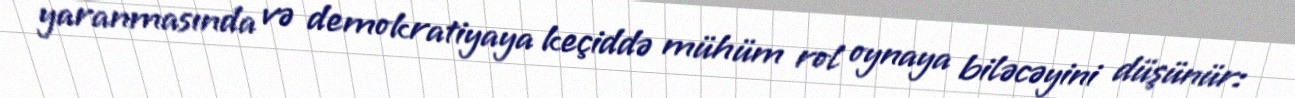
yaranmasında və demokratiyaya keçiddə mühüm rol oynaya biləcəyini düşünür: